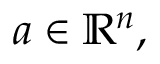
a \in \mathbb { R } ^ { n } ,